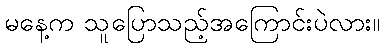
မနေ့က သူပြောသည့်အကြောင်းပဲလား။